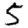
Digit: 5